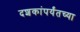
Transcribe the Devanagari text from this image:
दशकांपर्यंतच्या